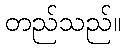
တည်သည်။